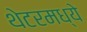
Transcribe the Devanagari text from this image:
थेटरमध्ये